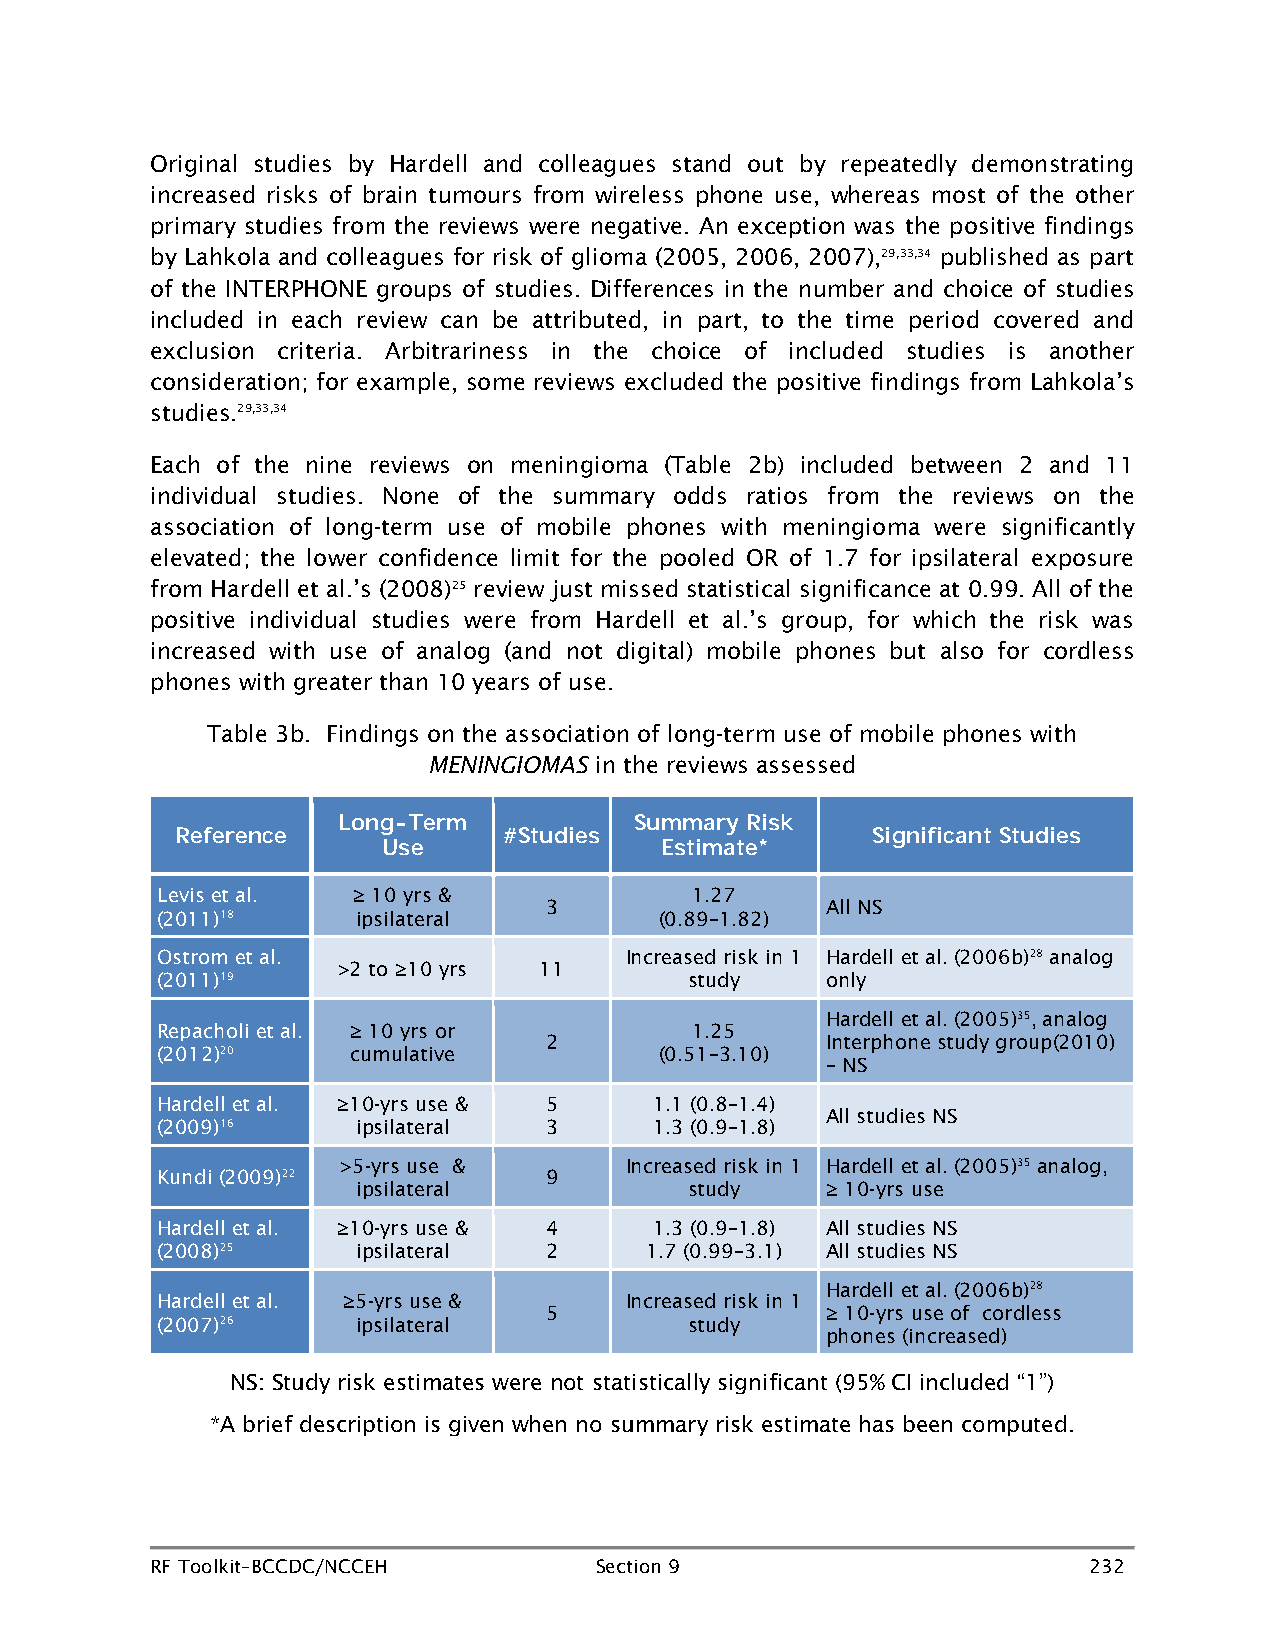
Original studies by Hardell and colleagues stand out by repeatedly demonstrating
 increased risks of brain tumours from wireless phone use, whereas most of the other
 primary studies from the reviews were negative. An exception was the positive findings
 by Lahkola and colleagues for risk of glioma (2005, 2006, 2007),29,33,34 published as part
 of the INTERPHONE groups of studies. Differences in the number and choice of studies
 included in each review can be attributed, in part, to the time period covered and
 exclusion criteria. Arbitrariness in the choice of included studies is another
 consideration; for example, some reviews excluded the positive findings from Lahkola’s
 studies.29,33,34
 Each of the nine reviews on meningioma (Table 2b) included between 2 and 11
 individual studies. None of the summary odds ratios from the reviews on the
 association of long-term use of mobile phones with meningioma were significantly
 elevated; the lower confidence limit for the pooled OR of 1.7 for ipsilateral exposure
 from Hardell et al.’s (2008)25 review just missed statistical significance at 0.99. All of the
 positive individual studies were from Hardell et al.’s group, for which the risk was
 increased with use of analog (and not digital) mobile phones but also for cordless
 phones with greater than 10 years of use.
 Table 3b. Findings on the association of long-term use of mobile phones with
 MENINGIOMAS in the reviews assessed
 Long-Term           Summary Risk
 Reference            #Studies                 Significant Studies
 Use                Estimate*
 Levis et al. ≥ 10 yrs &             1.27
 3                  All NS
 (2011)18      ipsilateral         (0.89–1.82)
 Ostrom et al.                  Increased risk in 1 Hardell et al. (2006b)28 analog
 >2 to ≥10 yrs 11
 (2011)19                            study    only
 Hardell et al. (2005)35, analog
 Repacholi et al. ≥ 10 yrs or        1.25
 2                  Interphone study group(2010)
 (2012)20     cumulative           (0.51–3.10)
 – NS
 Hardell et al. ≥10-yrs use & 5   1.1 (0.8–1.4)
 All studies NS
 (2009)16      ipsilateral 3      1.3 (0.9–1.8)
 >5-yrs use &       Increased risk in 1 Hardell et al. (2005)35 analog,
 Kundi (2009)22            9
 ipsilateral           study    ≥ 10-yrs use
 Hardell et al. ≥10-yrs use & 4   1.3 (0.9–1.8) All studies NS
 (2008)25      ipsilateral 2      1.7 (0.99–3.1) All studies NS
 Hardell et al. (2006b)28
 Hardell et al. ≥5-yrs use &    Increased risk in 1
 5                  ≥ 10-yrs use of cordless
 (2007)26      ipsilateral           study
 phones (increased)
 NS: Study risk estimates were not statistically significant (95% CI included “1”)
 *A brief description is given when no summary risk estimate has been computed.
 RF Toolkit–BCCDC/NCCEH       Section 9                        232